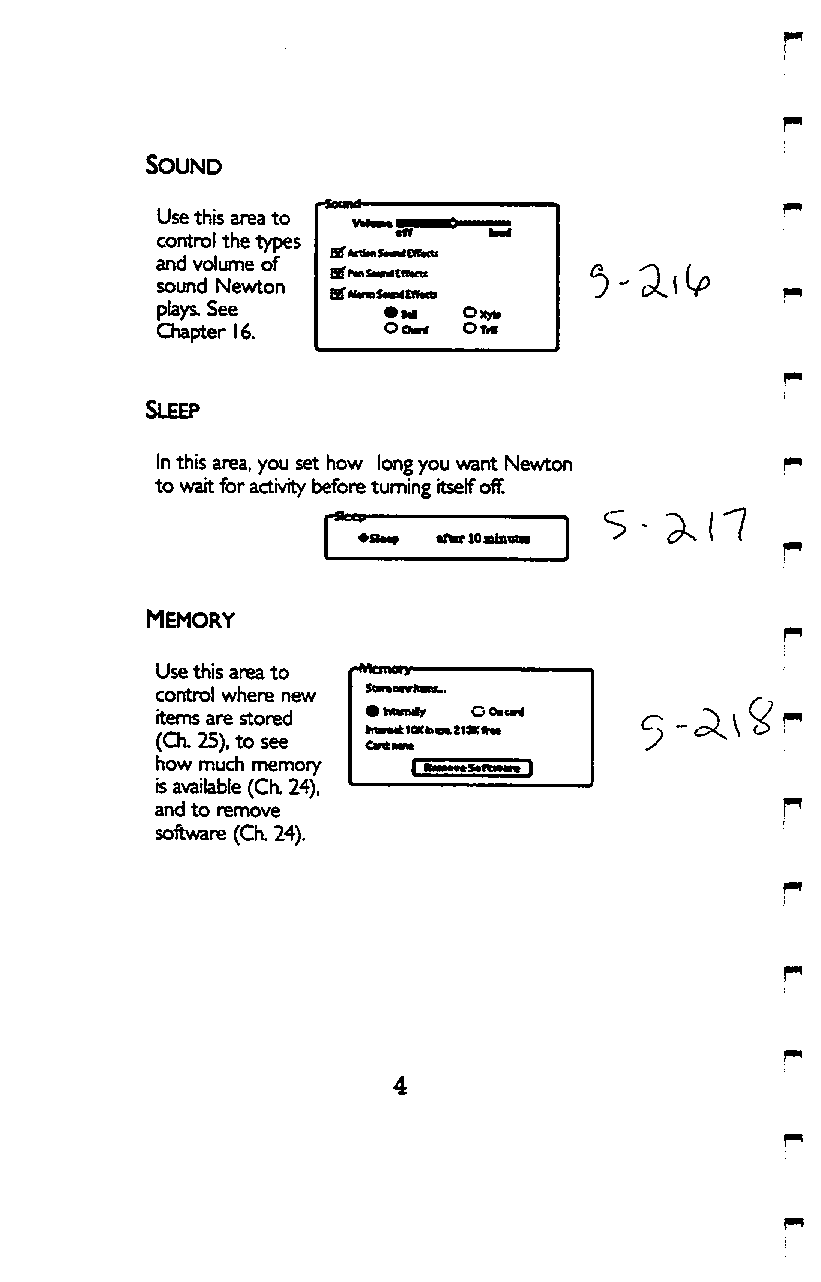
Sound
 Use this area to
 control the types
 of AcliMSMltf CfCMtt
 and volume of
 BiNnSMniCfCKtt
 sound Newton
 BfMmSMfrfCffim
 plays. See     • m  Oxyii
 Chapter 16.    OoMrf OTI«
 In this area, you set how long you want Newton
 to wart for activity before turning itself off.
 MEMORY
 Use this area to
 control where new StmMvtaBK..
 items are stored
 irarMk lOKtoM:2t«CftM
 (Qi. 25), to see CW^MM
 how much memory
 is available (CK 24),
 and to remove
 software (CK 24).